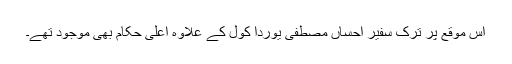
اس موقع پر ترک سفیر احساں مصطفی یوردا کول کے علاوہ اعلیٰ حکام بھی موجود تھے۔